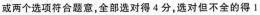
或两个选项符合题意，全部选对得4分，选对但不全的得1